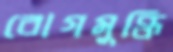
রোগমুক্তি